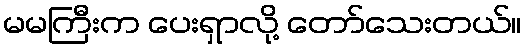
မမကြီးက ပေးရှာလို့ တော်သေးတယ်။